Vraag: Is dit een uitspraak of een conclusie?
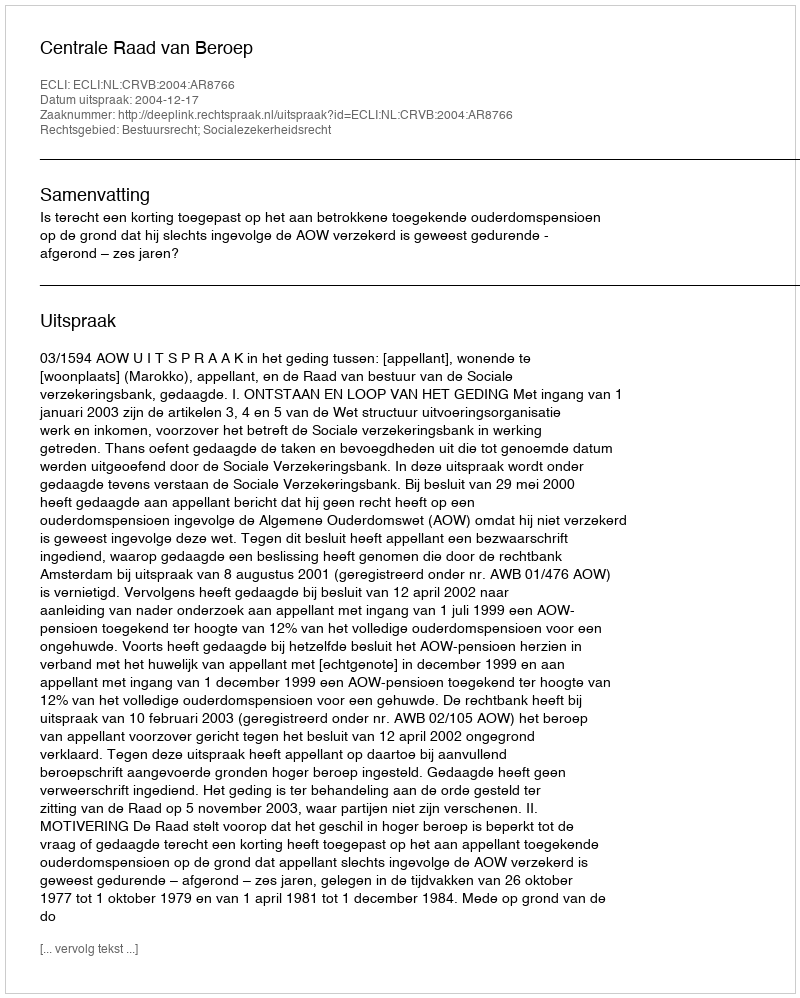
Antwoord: Uitspraak